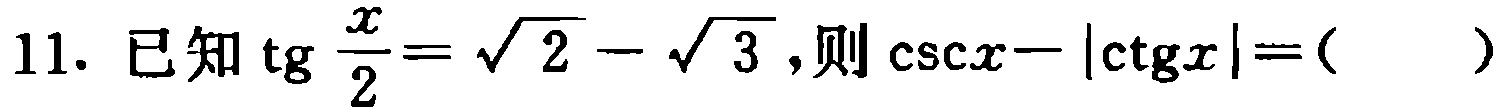
11. 已知$\text{tg}\frac{x}{2}=\sqrt{2}-\sqrt{3}$,则$|\csc x - |\text{ctg}x||=($  )